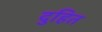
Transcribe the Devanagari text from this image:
दुहित